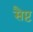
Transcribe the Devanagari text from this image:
सैप्ट